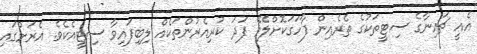
އެއީ ޗައިނާގެ ސިޓީތަކުގެ ތެރެއިން ފާހަގަކޮށްލެވޭ ފަދަ ކުރިއެރުންތަކެއް ލިބިފައިވާ ސިޓީއެކެވެ. އެރަށުގައި